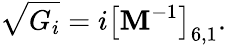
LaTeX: \sqrt{G_{i}}=i\left[\mathbf{M}^{-1}\right]_{6,1}.